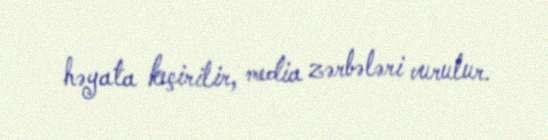
həyata keçirilir, media zərbələri vurulur.